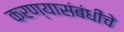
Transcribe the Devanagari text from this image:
करण्यासंबंधीचे